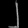
Digit: ၂